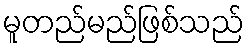
မူတည်မည်ဖြစ်သည်